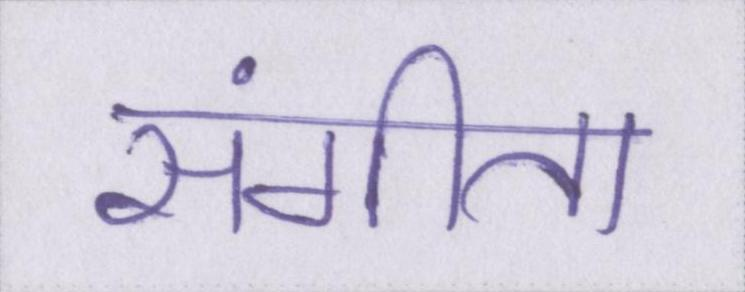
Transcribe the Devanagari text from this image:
संगीता